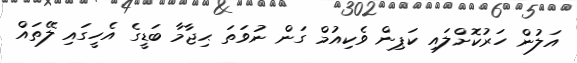
އަލުން ހަރުކޮށްލައި ކަޕިން ވެކިއުމް ގަން ނުވަތަ ޙިޖާމާ ބަޑީގެ އެހީގައި ލޭތައް